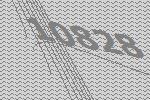
10828